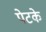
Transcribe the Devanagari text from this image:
पेटके